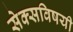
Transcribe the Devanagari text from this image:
सेक्सविषयी